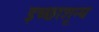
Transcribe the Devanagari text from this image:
इच्छाशून्य